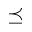
\preceq